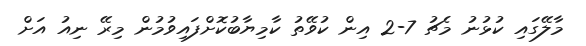
މާލޭގައި ކުޅުނު މެޗު 7-2 އިން ކުވޭތު ކާމިޔާބުކޮށްފައިވުމުން މިރޭ ނިއު އަށް